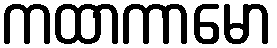
ကထာကာမော